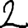
Digit: 2